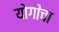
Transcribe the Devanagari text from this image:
योगीचा